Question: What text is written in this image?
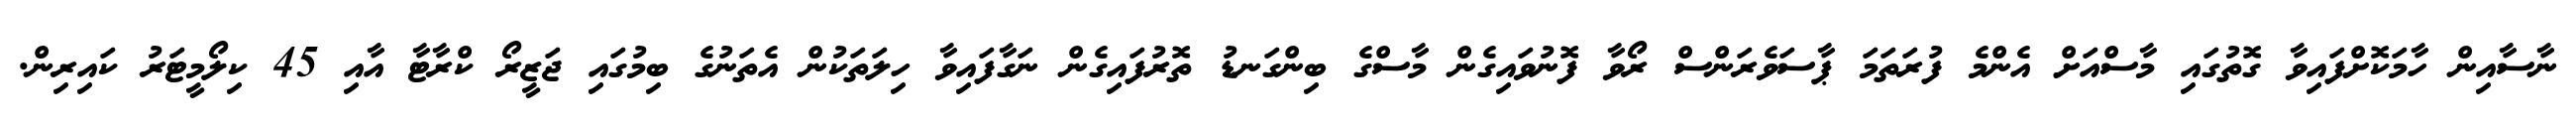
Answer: ނާސާއިން ހާމަކޮށްފައިވާ ގޮތުގައި މާސްއަށް އެންމެ ފުރަތަމަ ޕާސަވެރަންސް ރޯވާ ފޮނުވައިގެން މާސްގެ ބިންގަނޑު ތޮރުފައިގެން ނަގާފައިވާ ހިލަތަކުން އެތަނުގެ ބިމުގައި ޖަޒީރޯ ކްރާޓާ އާއި 45 ކިލޯމީޓަރު ކައިރިން.